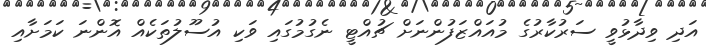
އަދި ވިދާޅުވީ ސަރުކާރުގެ މުއައްޒަފުންނަށް ޗުއްޓީ ނެގުމުގައި ވަކި އުސޫލުތަކެއް އޮންނަ ކަމަށާއި